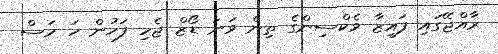
ރާއްޖޭގައި ފައިޒާ ވެކްސިންގެ ތިން ވަނަ ޑޯޒް ޖެހި ފަހުން ހަ މަސް